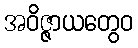
အဝိဇ္ဇာယတွေဝ